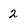
Character: 2